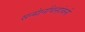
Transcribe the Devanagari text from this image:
सन्माेनचिन्हांबनी